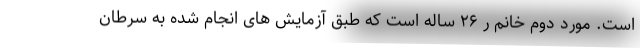
است. مورد دوم خانم ر ۲۶ ساله است که طبق آزمايش های انجام شده به سرطان